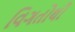
વિગતોથી